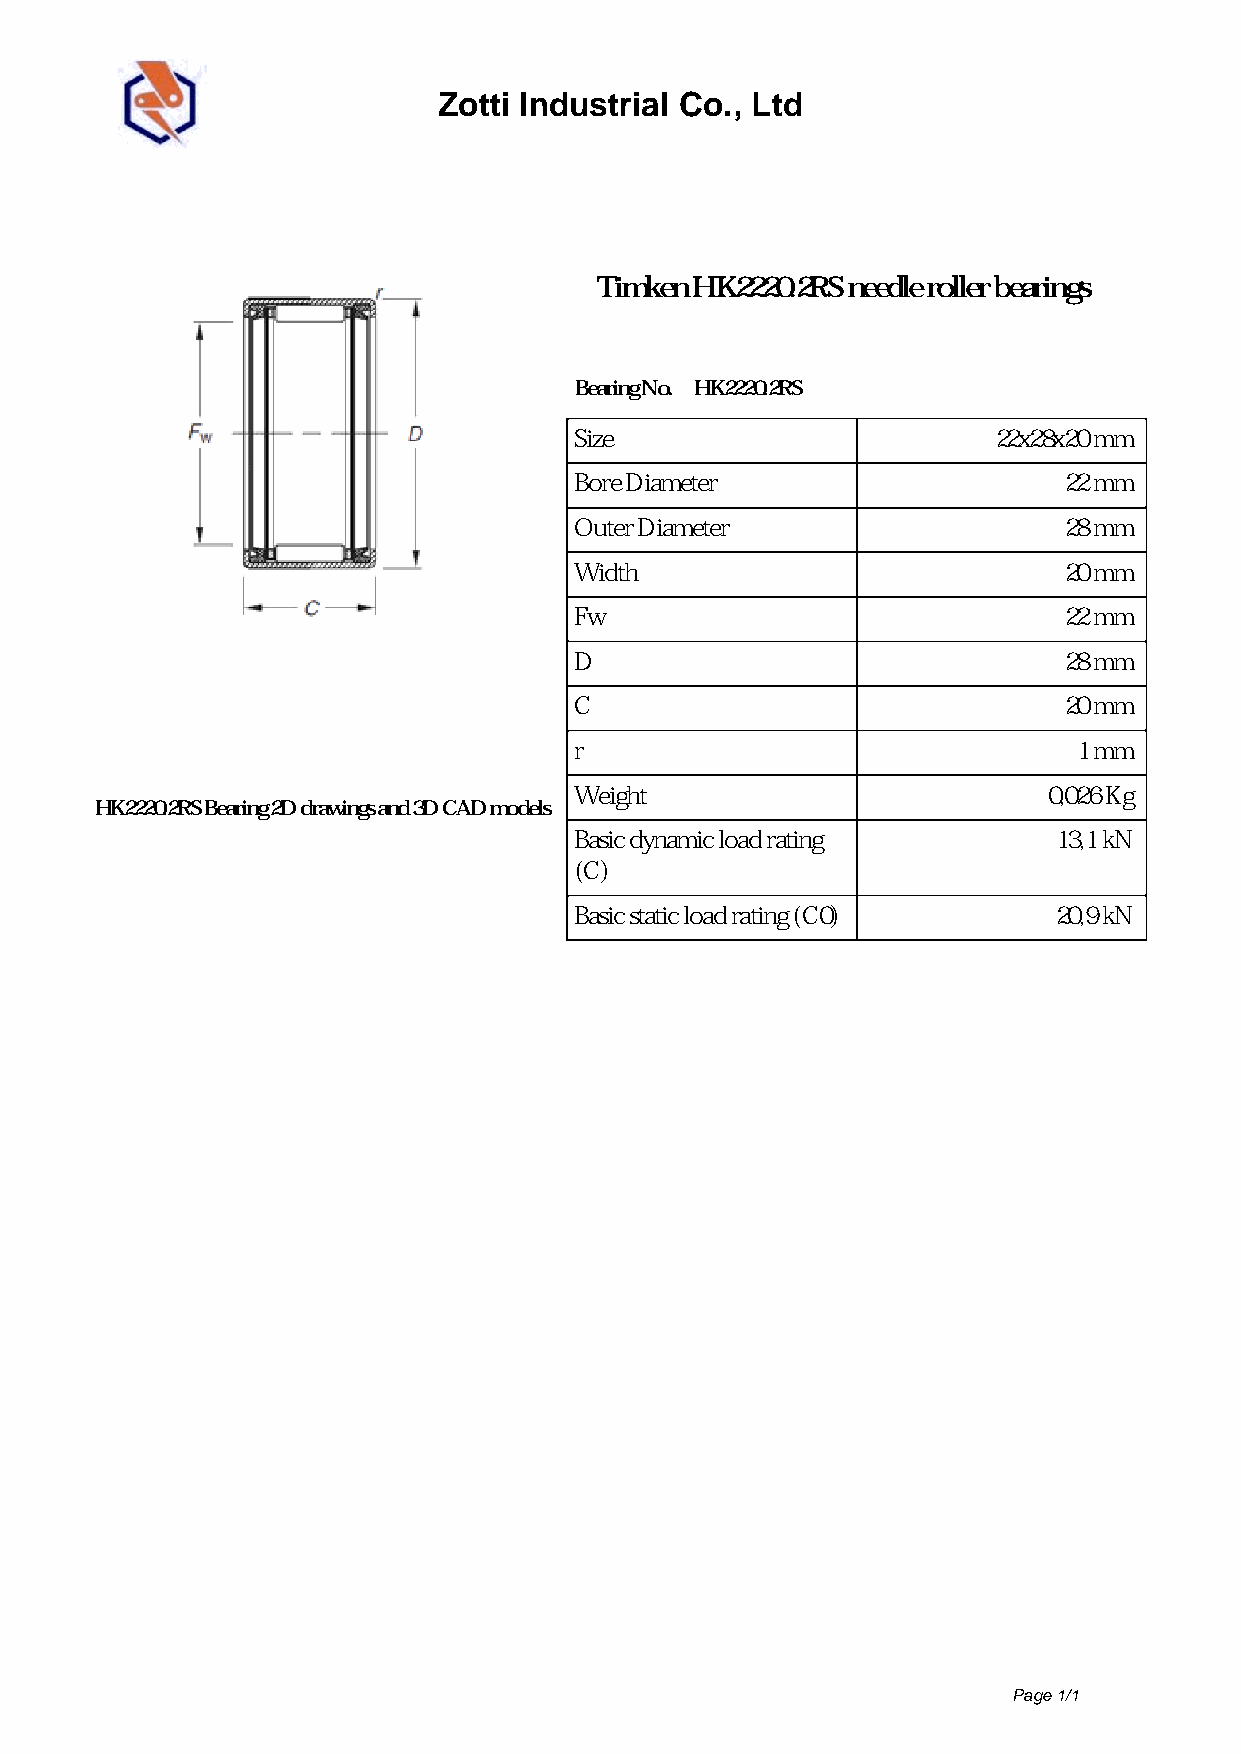
Zotti Industrial Co., Ltd
 Timken HK2220.2RS needle roller bearings
 Bearing No. HK2220.2RS
 Size                        22x28x20 mm
 Bore Diameter                   22 mm
 Outer Diameter                  28 mm
 Width                           20 mm
 Fw                              22 mm
 D                               28 mm
 C                               20 mm
 r                                1 mm
 Weight                         0,026 Kg
 HK2220.2RS Bearing 2D drawings and 3D CAD models
 Basic dynamic load rating       13,1 kN
 (C)
 Basic static load rating (C0)   20,9 kN
 Page 1/1
 Powered by TCPDF (www.tcpdf.org)